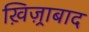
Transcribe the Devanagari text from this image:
ख़िज़्राबाद